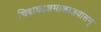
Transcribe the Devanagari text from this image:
चिदाकाशमाकाशवासम्